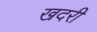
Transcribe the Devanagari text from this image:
खदरी